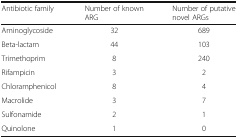
<table><thead><tr><td><b>Antibiotic family</b></td><td><b>Number of known ARG</b></td><td><b>Number of putative novel ARGs</b></td></tr></thead><tbody><tr><td>Aminoglycoside</td><td>32</td><td>689</td></tr><tr><td>Beta-lactam</td><td>44</td><td>103</td></tr><tr><td>Trimethoprim</td><td>8</td><td>240</td></tr><tr><td>Rifampicin</td><td>3</td><td>2</td></tr><tr><td>Chloramphenicol</td><td>8</td><td>4</td></tr><tr><td>Macrolide</td><td>3</td><td>7</td></tr><tr><td>Sulfonamide</td><td>2</td><td>1</td></tr><tr><td>Quinolone</td><td>1</td><td>0</td></tr></tbody></table>